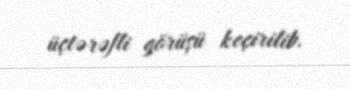
üçtərəfli görüşü keçirilib.